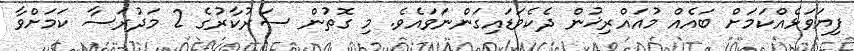
ފިޔަވަޅެއްކަމަށް ބައެއް މުއައްރިޚުން ދެކެވަޑައިގަންނަވައެވެ. މި ގޮތުން ސަރުކާރުގެ 2 މަދުރަސާ ކަމަށްވާ